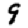
Digit: 9